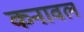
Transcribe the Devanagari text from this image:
कनावल